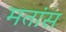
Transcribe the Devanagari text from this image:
मतांस